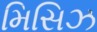
મિસિઝ